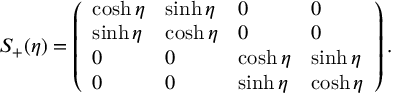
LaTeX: S _ { + } ( \eta ) = \left( \begin{array} { l l l l } { { \cosh \eta } } & { { \sinh \eta } } & { { 0 } } & { { 0 } } \\ { { \sinh \eta } } & { { \cosh \eta } } & { { 0 } } & { { 0 } } \\ { { 0 } } & { { 0 } } & { { \cosh \eta } } & { { \sinh \eta } } \\ { { 0 } } & { { 0 } } & { { \sinh \eta } } & { { \cosh \eta } } \end{array} \right) .